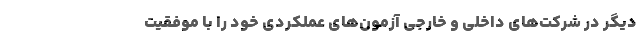
دیگر در شرکت‌های داخلی و خارجی آزمون‌های عملکردی خود را با موفقیت